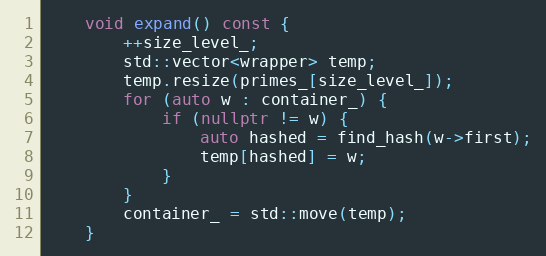
Language: C++
    void expand() const {
        ++size_level_;
        std::vector<wrapper> temp;
        temp.resize(primes_[size_level_]);
        for (auto w : container_) {
            if (nullptr != w) {
                auto hashed = find_hash(w->first);
                temp[hashed] = w;
            }
        }
        container_ = std::move(temp);
    }